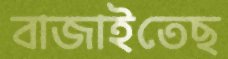
বাজাইতেছ